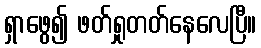
ရှာဖွေ၍ ဖတ်ရှုတတ်နေလေပြီ။